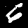
Label: 6